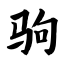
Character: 驹